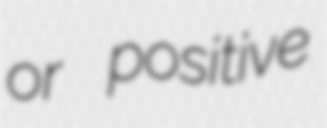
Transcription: or positive